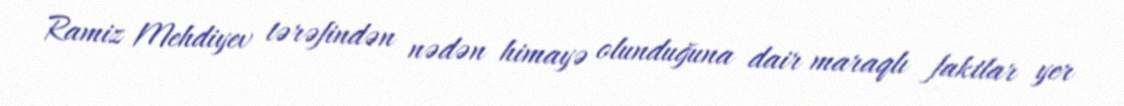
Ramiz Mehdiyev tərəfindən nədən himayə olunduğuna dair maraqlı faktlar yer